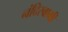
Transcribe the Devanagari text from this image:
नंदिस्वामी